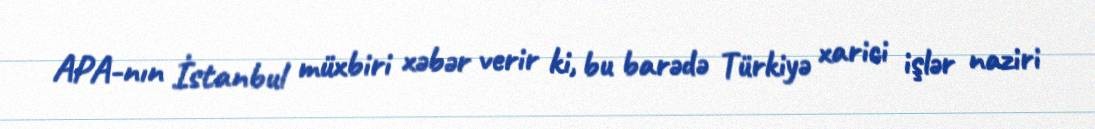
APA-nın İstanbul müxbiri xəbər verir ki, bu barədə Türkiyə xarici işlər naziri